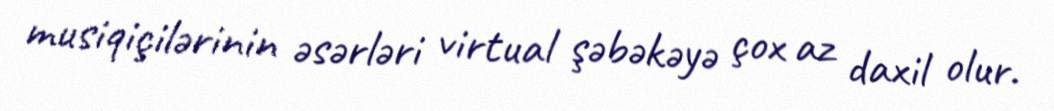
musiqiçilərinin əsərləri virtual şəbəkəyə çox az daxil olur.